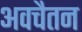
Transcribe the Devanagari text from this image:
अवचैतन